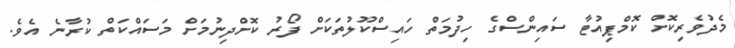
މެދުވެރިކޮށް ކޮމްޕިއުޓާ ސައިންސްގެ ހިދުމަތް ހައިސްކޫލުތަކަށް ފޯރު ކޮށްދިނުމަށް މަސައްކަތް ކުރާނެ އެވެ.